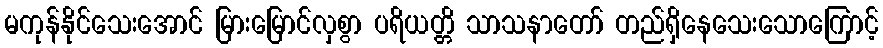
မကုန်နိုင်သေးအောင် မြားမြောင်လှစွာ ပရိယတ္တိ သာသနာတော် တည်ရှိနေသေးသောကြောင့်